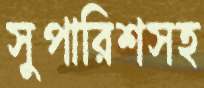
সুপারিশসহ